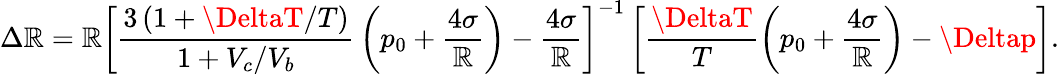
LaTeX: \Delta\mathbb{R}=\mathbb{R}\left[\frac{{3\, (1+\DeltaT/T)}}{{1+V_{c}/V_{b}}}\, \left(p_{0}+\frac{{4\sigma}}{{\mathbb{R}}}\right)-\frac{{4\sigma}}{{\mathbb{R}}}\right]^{-1}\left[\frac{{\DeltaT}}{{T}}\left(p_{0}+\frac{{4\sigma}}{{\mathbb{R}}}\right)-\Deltap\right].